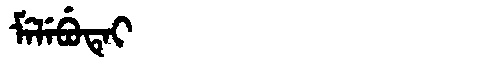
Manchu: ᠮᡝᠯᡝᠪᡠᡨᡝᡳ
Romanization: MELEBUTEI